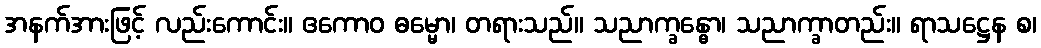
အနက်အားဖြင့် လည်းကောင်း။ ဧကောဝ ဓမ္မော၊ တရားသည်။ သညာက္ခန္ဓော၊ သညာက္ခာတည်း။ ရာသဋ္ဌေန စ၊